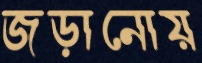
জড়ানোয়